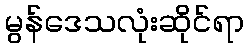
မွန်ဒေသလုံးဆိုင်ရာ